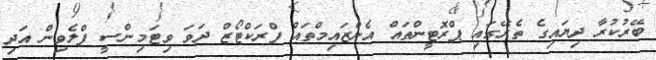
ބޭރުކުރާ ދިޔައިގެ ތެރޭގައި ޕްރޮޓީންތައް އެންޒައިމްތައް ފްރަކްޓޯޒް ދަވަ ވިޓަމިންސީ ފްލެވިން އަދި